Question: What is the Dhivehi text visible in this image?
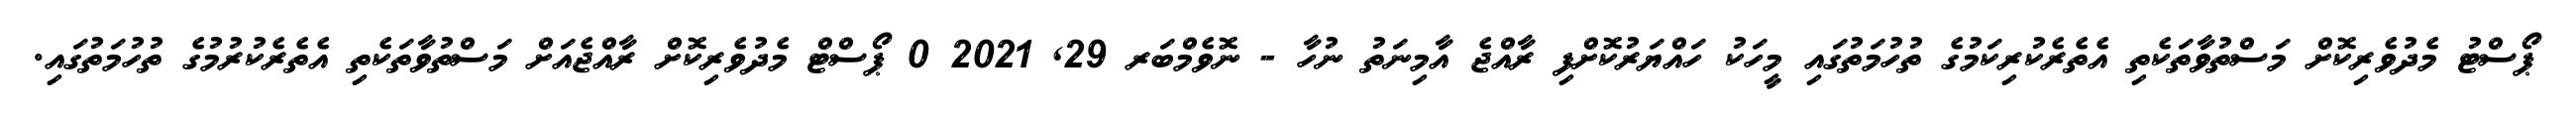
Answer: ޕޯސްޓު މެދުވެރިކޮށް މަސްތުވާތަކެތި އެތެރެކުރިކަމުގެ ތުހުމަތުގައި މީހަކު ހައްޔަރުކޮށްފި ރާއްޖެ އާމިނަތު ނުހާ - ނޮވެމްބަރ 29, 2021 0 ޕޯސްޓް މެދުވެރިކޮށް ރާއްޖެއަށް މަސްތުވާތަކެތި އެތެރެކުރުމުގެ ތުހުމަތުގައި.